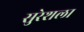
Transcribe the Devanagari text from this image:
सुरेशला